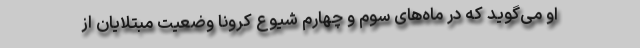
او می‌گوید که در ماه‌های سوم و چهارم شیوع کرونا وضعیت مبتلایان از